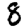
Digit: 8